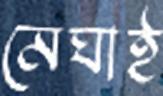
মেঘাই